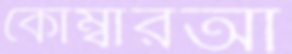
কোম্বারআ